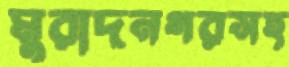
মুরাদনগরসহ